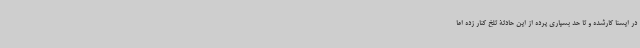
در ایسنا کارشده و تا حد بسیاری پرده از این حادثۀ تلخ کنار زده اما